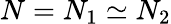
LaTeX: N=N_{1}\simeq N_{2}